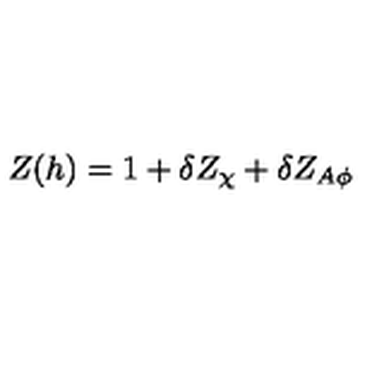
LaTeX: Z ( h ) = 1 + \delta Z _ { \chi } + \delta Z _ { A \phi }